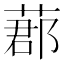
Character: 𦵼